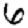
Digit: 6